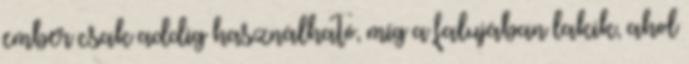
ember csak addig használható, míg a falujában lakik, ahol